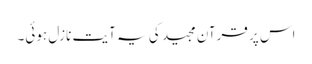
اس پر قرآن مجید کی یہ آیت نازل ہوئی۔